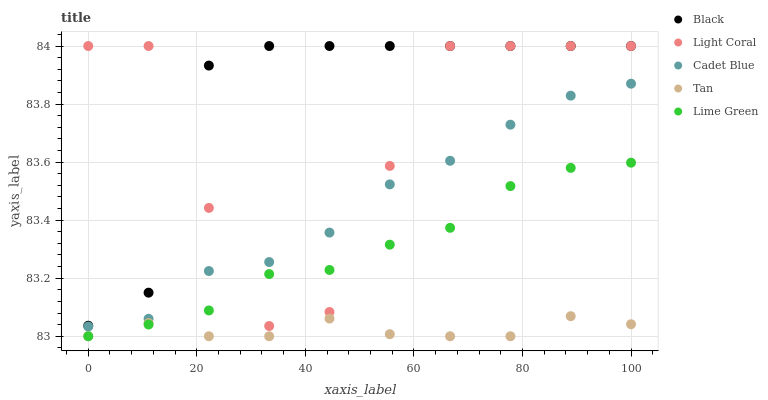
| xaxis_label | Black | Light Coral | Cadet Blue | Tan | Lime Green |
 | --- | --- | --- | --- | --- | --- |
 | 0 | 83 | 84 | 83 | 83 | 83 |
 | 11.1 | 83.2 | 84 | 83.1 | 83 | 83 |
 | 22.2 | 83.9 | 83.4 | 83.2 | 83 | 83.1 |
 | 33.3 | 84 | 83 | 83.3 | 83 | 83.2 |
 | 44.4 | 84 | 83.1 | 83.4 | 83.1 | 83.2 |
 | 55.6 | 84 | 83.6 | 83.5 | 83 | 83.3 |
 | 66.7 | 84 | 84 | 83.6 | 83 | 83.4 |
 | 77.8 | 84 | 84 | 83.7 | 83 | 83.5 |
 | 88.9 | 84 | 84 | 83.8 | 83.1 | 83.6 |
 | 100 | 84 | 84 | 83.9 | 83 | 83.6 |